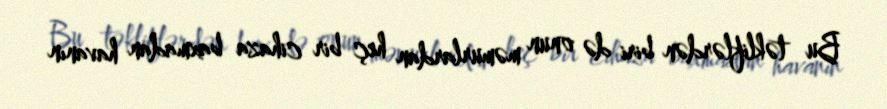
Bu təkliflərdən biri də onun məmurlardan heç bir cihaza baxmadan havanın